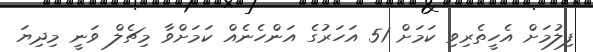
ފިލުމަށް އެހީތެރިވި ކަމަށް 51 އަހަރުގެ އަންހެނެއް ކަމަށްވާ މިޗެލް ވަނީ މިދިޔަ